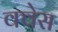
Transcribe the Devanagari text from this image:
क्वेस